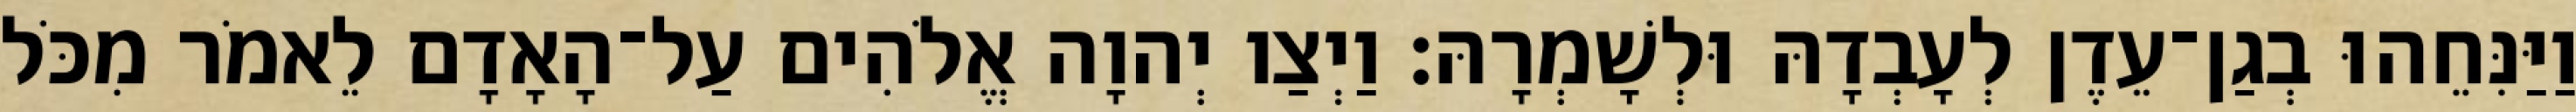
וַיַּנִּחֵהוּ בְגַן־עֵדֶן לְעָבְדָהּ וּלְשָׁמְרָהּ׃ וַיְצַו יְהוָה אֱלֹהִים עַל־הָאָדָם לֵאמֹר מִכֹּל